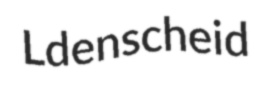
Ldenscheid